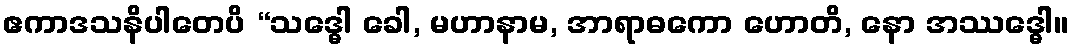
ဧကာဒသနိပါတေပိ “သဒ္ဓေါ ခေါ, မဟာနာမ, အာရာဓကော ဟောတိ, နော အဿဒ္ဓေါ။